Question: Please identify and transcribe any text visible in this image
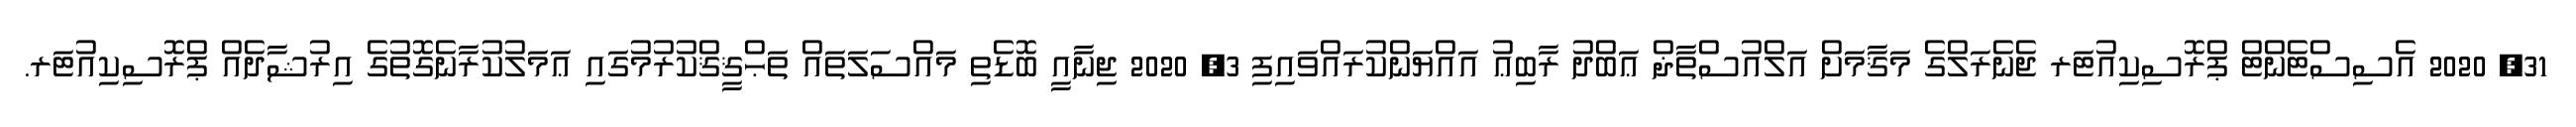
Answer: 31, 2020 އެސިސްޓެންޓް ޕްރޮސިކިއުޓަރ ޖެނެރަލްގެ މަޤާމަށް އަލްއުސްތާޛް ޢަބްދު ރާބިޢު އައްޔަންކުރައްވައިފި 3, 2020 ޖިނާއީ ބޮޑެތި މައްސަލަތައް ތަޙްޤީޤްކުރުމުގައި ޢަމަލުކުރާނެގޮތުގެ އިރުޝާދެއް ޕްރޮސިކިއުޓަރ.